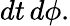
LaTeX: dt\, d\phi.